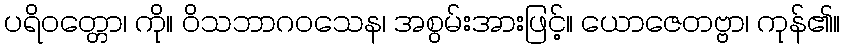
ပရိဝတ္တော၊ ကို။ ဝိသဘာဂဝသေန၊ အစွမ်းအားဖြင့်။ ယောဇေတဗ္ဗာ၊ ကုန်၏။